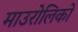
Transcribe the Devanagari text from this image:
माउरोलिको